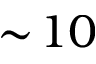
\sim \! 1 0